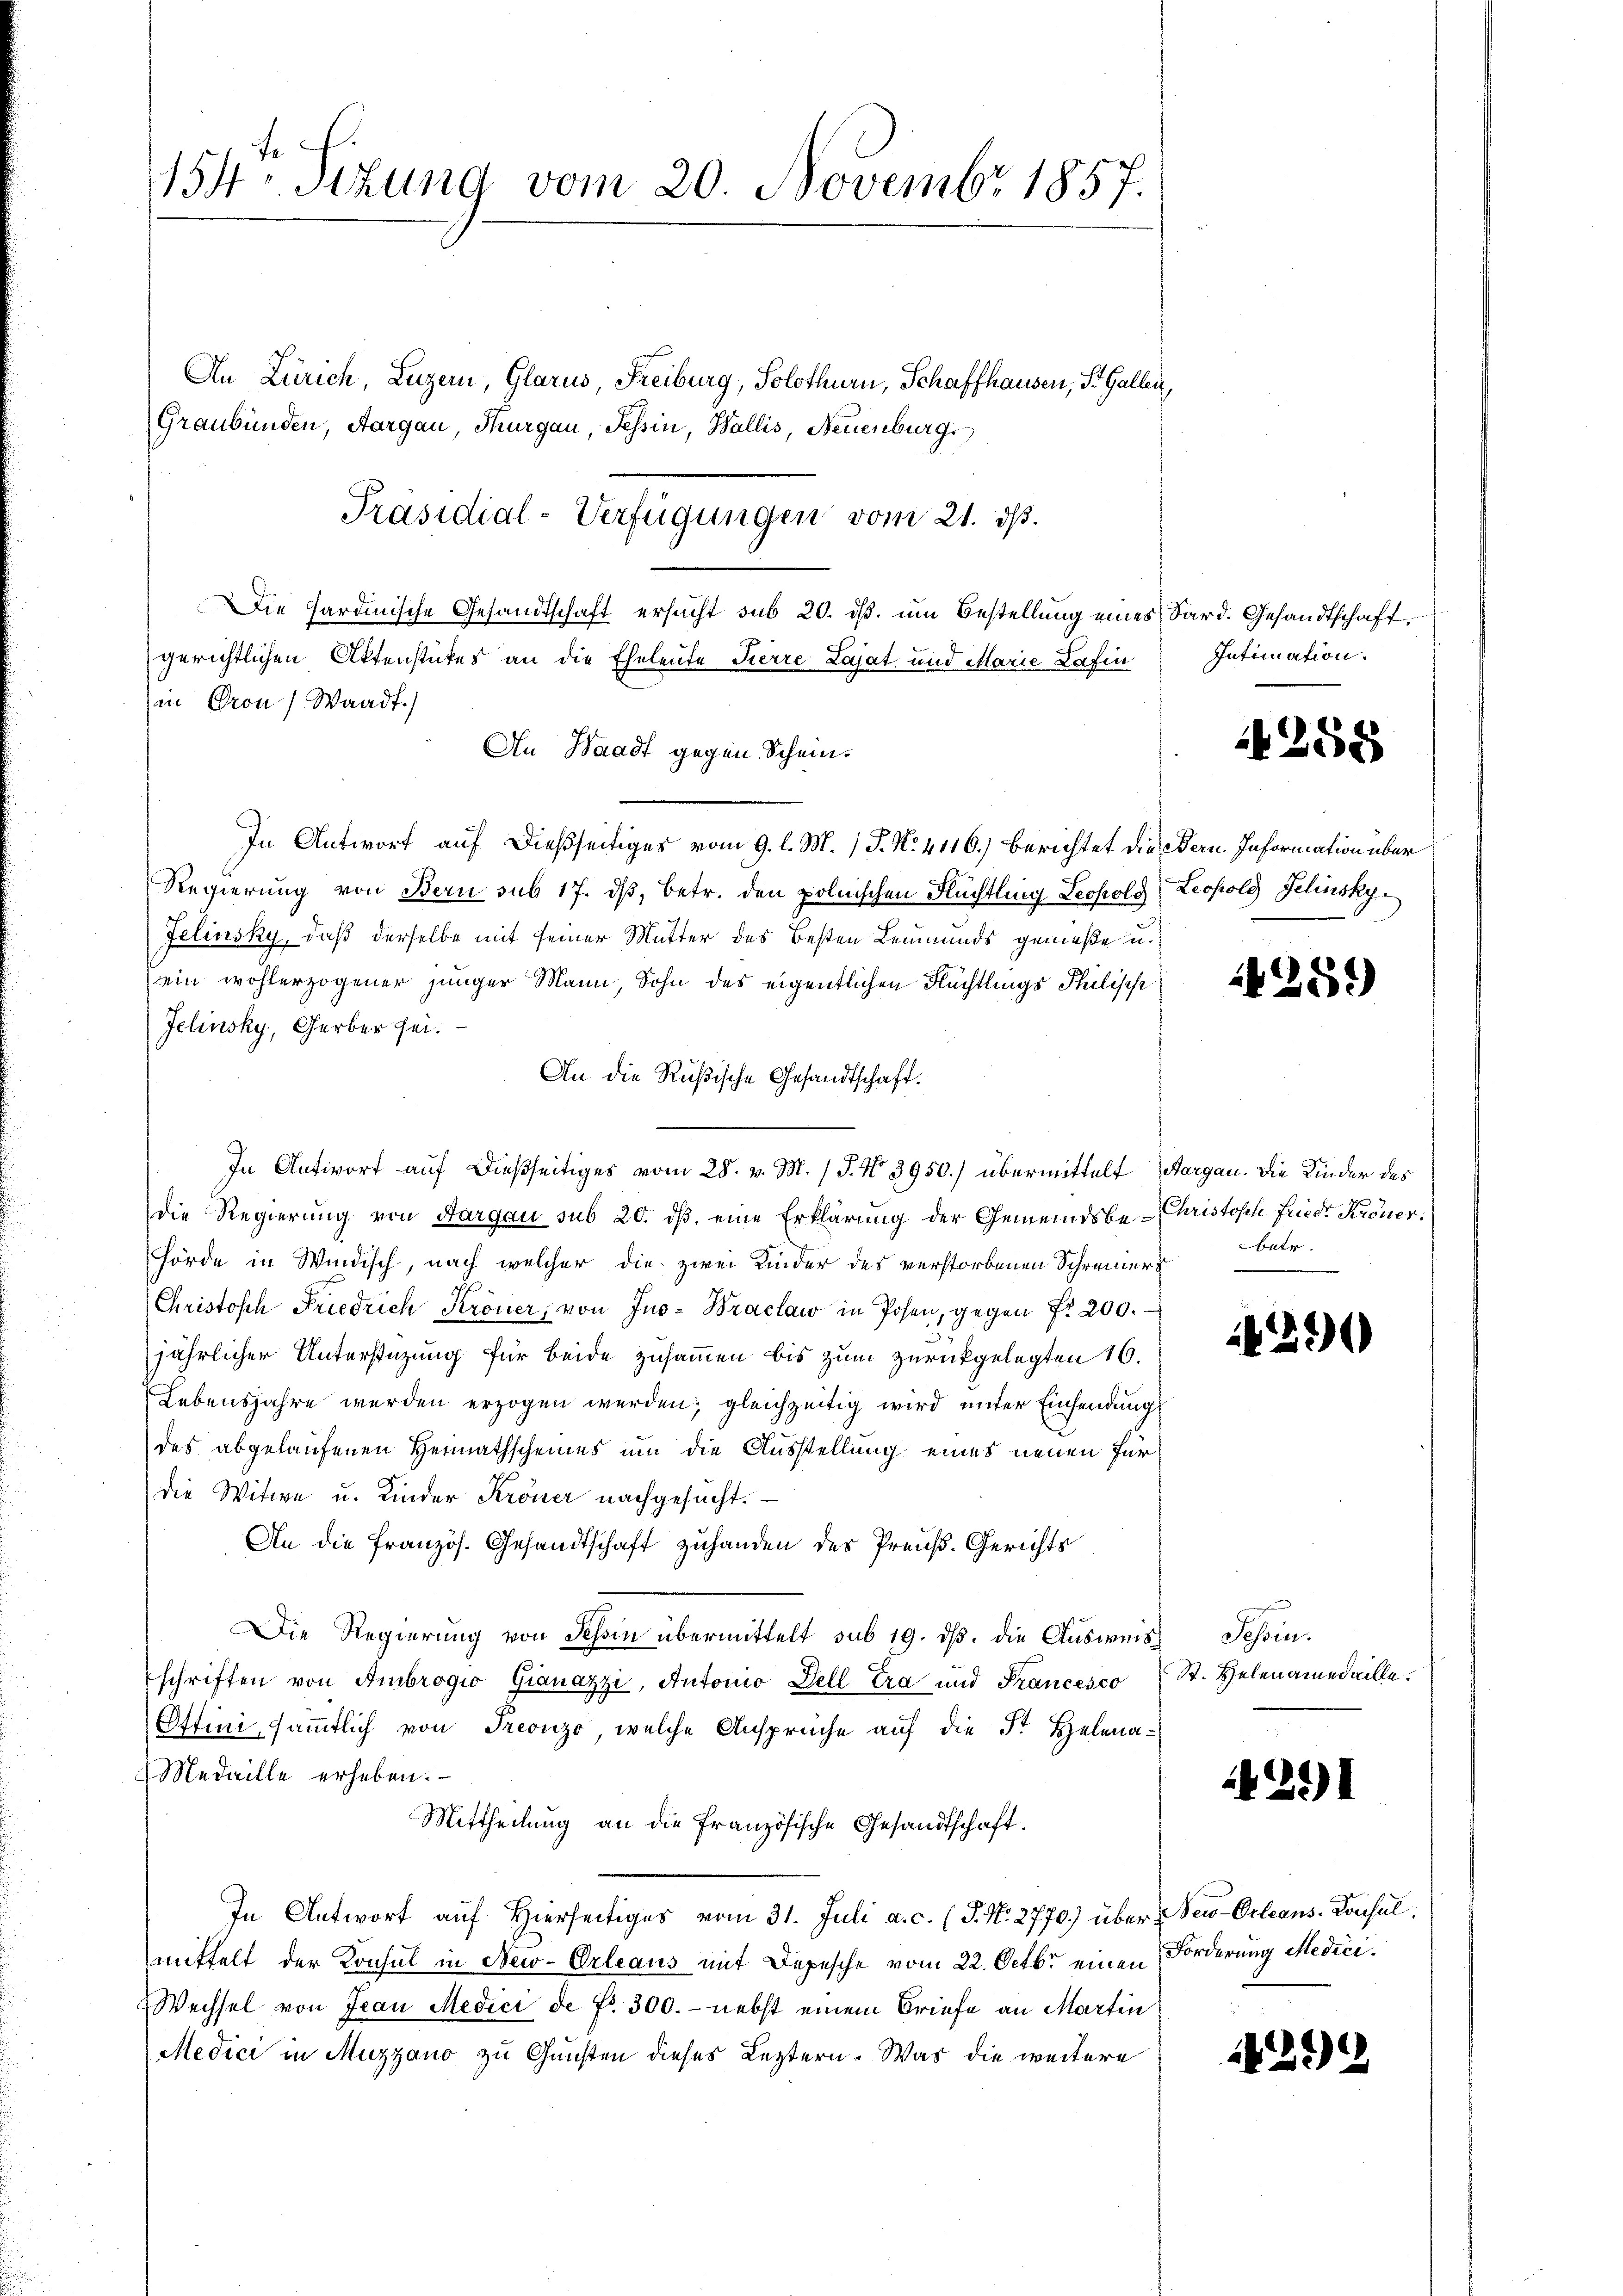
154. Sizung vom 20. Novembr 1857.

An Zürich, Luzern, Glarus, Freiburg, Solothurn, Schaffhausen, St. Gallen,
Graubünden, Aargau, Thurgau, Tessin, Wallis, Neuenburg.
Die Sardinische Gesandtschaft ersucht sub 20. ist, um Bestellung eines Sard. Gesandtschaft
gerichtlichen Aktenstückes an die Eheleute Pierre Lajat und Marie Lafin
in Pron, Waadt.)
An Waadt gegen Schein¬
In Antwort auf dießseitiges vom 9. l. M. P. No. 4116.) Berichtet die Bern. Information über
Regierung von Bern sub 17. dβ, betr. den polnischen Flüchtling Leopold Leopold Jelinskon
Jelinsky, daß derselbe mit seiner Mutter des Besten Leumunds gemeße u.
ein wohlerzogener junger Mann, Sohn des eigentlichen Flüchtlings Philische
Jelinsky, Gerber sei.
An die Rußische Gesandtschaft.
In Antwort auf dießseitiges vom 28. v. M. (T. No 3950.) übermittelt (Aargau. Die Kinder des
die Regierung von Aargau sub 20. dβ eine Erklärung der Gemeindsbe- Christosch friedr Kroner
Hörde in Windisch, nach welcher die zwei Kinder des verstorbenen Schreiners
Christosch Friedrich Kröner, von Jno- Braclaw in Posen, gegen fr. 200.
jährlicher Unterstüzung für beide zusammen bis zum zurückgelegten 16.
Lebensjahre werden erzogen werden; gleichzeitig wird unter Einsendung
des abgelaufenen Heimathscheines um die Ausstellung eines neuen für
die Witwe u. Kinder Kroner nachgesucht.
An die französ. Gesandtschaft zuhanden des Preuß. Gerichts
Die Regierŭng von Tessin übermittelt sub 19. dβ. die Aŭsweis Schön.
schriften von Ambrogio Granazzi, Antonio Zell tra und Francesco St. Helenamedaille¬
Ottini, sämmtlich von Treonzo, welche Ansprüche auf die Fr. Helena¬
Medaille erheben.
Mittheilung an die französische Gesandtschaft.
In Antwort auf Hierseitiges vom 31. Juli a. c. (T. N. 2770.) über New-Orleans-Konsul,
mittelt der Konsul in New-Orleaus mit Depesche vom 22. Octbr einen Forderung Medici¬
Wechsel von Jean Medici de fr. 300. - nebst einem Briefe an Martin
Medici in Muzzano zu Gunsten dieses Leztern. Was die weitere

Präsidial-Verfügungen vom 21. ds.

Intimation.

4258

1259)

ber.
.

290

42)

229